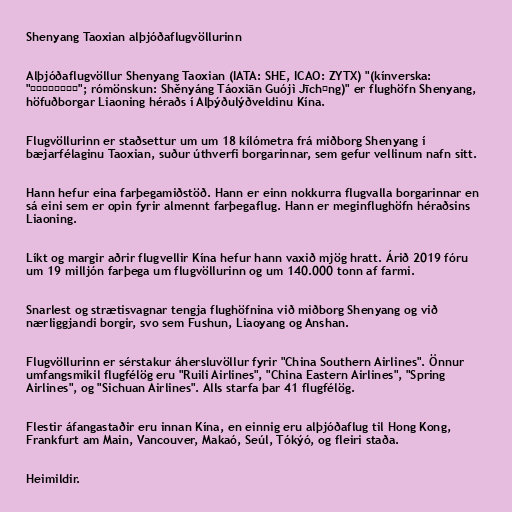
Shenyang Taoxian alþjóðaflugvöllurinn

Alþjóðaflugvöllur Shenyang Taoxian (IATA: SHE, ICAO: ZYTX) "(kínverska:
"沈阳桃仙国际机场"; rómönskun: Shěnyáng Táoxiān Guójì Jīchǎng)" er flughöfn Shenyang,
höfuðborgar Liaoning héraðs í Alþýðulýðveldinu Kína.

Flugvöllurinn er staðsettur um um 18 kílómetra frá miðborg Shenyang í
bæjarfélaginu Taoxian, suður úthverfi borgarinnar, sem gefur vellinum nafn sitt.

Hann hefur eina farþegamiðstöð. Hann er einn nokkurra flugvalla borgarinnar en
sá eini sem er opin fyrir almennt farþegaflug. Hann er meginflughöfn héraðsins
Liaoning.

Líkt og margir aðrir flugvellir Kína hefur hann vaxið mjög hratt. Árið 2019 fóru
um 19 milljón farþega um flugvöllurinn og um 140.000 tonn af farmi.

Snarlest og strætisvagnar tengja flughöfnina við miðborg Shenyang og við
nærliggjandi borgir, svo sem Fushun, Liaoyang og Anshan.

Flugvöllurinn er sérstakur áhersluvöllur fyrir "China Southern Airlines". Önnur
umfangsmikil flugfélög eru "Ruili Airlines", "China Eastern Airlines", "Spring
Airlines", og "Sichuan Airlines". Alls starfa þar 41 flugfélög.

Flestir áfangastaðir eru innan Kína, en einnig eru alþjóðaflug til Hong Kong,
Frankfurt am Main, Vancouver, Makaó, Seúl, Tókýó, og fleiri staða.

Heimildir.